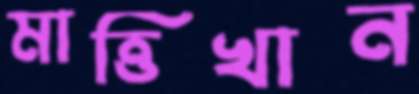
মাত্তিখান